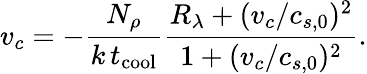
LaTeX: v_{c}=-\frac{N_{\rho}}{k\, t_{\mathrm{cool}}}\frac{R_{\lambda}+(v_{c}/c_{s,0})^{2}}{1+(v_{c}/c_{s,0})^{2}}.